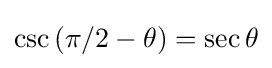
\csc \left(\pi /2-\theta \right)=\sec \theta